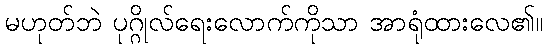
မဟုတ်ဘဲ ပုဂ္ဂိုလ်ရေးလောက်ကိုသာ အာရုံထားလေ၏။